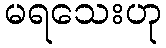
မရသေးဟု